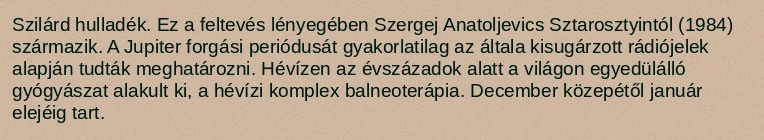
Szilárd hulladék. Ez a feltevés lényegében Szergej Anatoljevics Sztarosztyintól (1984) származik. A Jupiter forgási periódusát gyakorlatilag az általa kisugárzott rádiójelek alapján tudták meghatározni. Hévízen az évszázadok alatt a világon egyedülálló gyógyászat alakult ki, a hévízi komplex balneoterápia. December közepétől január elejéig tart.